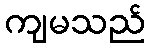
ကျမသည်